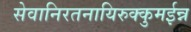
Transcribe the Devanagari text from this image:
सेवानिरतनायिरुक्कुमईन्न